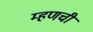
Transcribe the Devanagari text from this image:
म्हणची